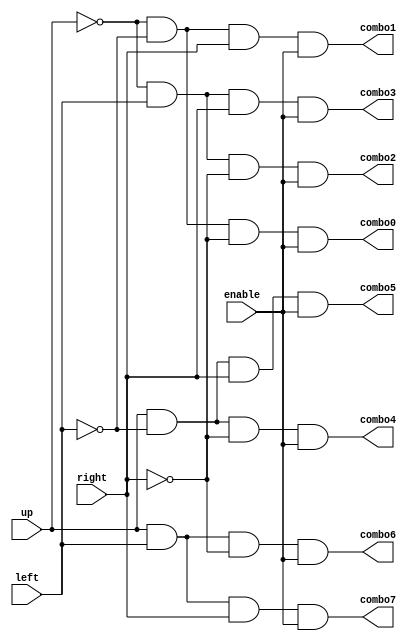
module decoder(
    input up, left, right, enable,
    output combo0, combo1, combo2, combo3, combo4, combo5, combo6, combo7
    );
   
//   and c0(combo0, !up, !left, !right, enable);    // structural model
//   and c1(combo1, !up, !left, right, enable);
//   and c2(combo2, !up, left, !right, enable);
//   and c3(combo3, !up, left, right, enable);
//   and c4(combo4, up, !left, !right, enable);
//   and c5(combo5, up, !left, right, enable);
//   and c6(combo6, up, left, !right, enable);
//   and c7(combo7, up, left, right, enable);
    
    assign combo0 = !up & !left & !right & enable;    // dataflow model
    assign combo1 = !up & !left & right & enable;
    assign combo2 = !up & left & !right & enable;
    assign combo3 = !up & left & right & enable;
    assign combo4 = up & !left & !right & enable;
    assign combo5 = up & !left & right & enable;
    assign combo6 = up & left & !right & enable;
    assign combo7 = up & left & right & enable;

//    reg c0=0, c1=0, c2=0, c3=0, c4=0, c5=0, c6=0, c7=0;   // behavioral model
//    assign combo0 = c0;
//    assign combo1 = c1;
//    assign combo2 = c2;
//    assign combo3 = c3;
//    assign combo4 = c4;
//    assign combo5 = c5;
//    assign combo6 = c6;
//    assign combo7 = c7;
//    always @(*)
//    begin
//        case({up,left,right,enable})
//        4'b0001: begin
//                c0=1;
//                c1=0;
//                c2=0;
//                c3=0;
//                c4=0;
//                c5=0;
//                c6=0;
//                c7=0;
//                end
//        4'b0011: begin
//                c0=0;
//                c1=1;
//                c2=0;
//                c3=0;
//                c4=0;
//                c5=0;
//                c6=0;
//                c7=0;
//                end
//        4'b0101: begin
//                c0=0;
//                c1=0;
//                c2=1;
//                c3=0;
//                c4=0;
//                c5=0;
//                c6=0;
//                c7=0;
//                end
//        4'b0111: begin
//                c0=0;
//                c1=0;
//                c2=0;
//                c3=1;
//                c4=0;
//                c5=0;
//                c6=0;
//                c7=0;
//                end
//        4'b1001: begin
//                c0=0;
//                c1=0;
//                c2=0;
//                c3=0;
//                c4=1;
//                c5=0;
//                c6=0;
//                c7=0;
//                end
//        4'b1011: begin
//                c0=0;
//                c1=0;
//                c2=0;
//                c3=0;
//                c4=0;
//                c5=1;
//                c6=0;
//                c7=0;
//                end
//        4'b1101: begin
//                c0=0;
//                c1=0;
//                c2=0;
//                c3=0;
//                c4=0;
//                c5=0;
//                c6=1;
//                c7=0;
//                end
//        4'b1111: begin
//                c0=0;
//                c1=0;
//                c2=0;
//                c3=0;
//                c4=0;
//                c5=0;
//                c6=0;
//                c7=1;
//                end
//        default: begin
//                c0=0;
//                c1=0;
//                c2=0;
//                c3=0;
//                c4=0;
//                c5=0;
//                c6=0;
//                c7=0;
//                end
//        endcase
//    end
    
endmodule